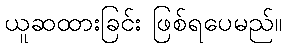
ယူဆထားခြင်း ဖြစ်ရပေမည်။